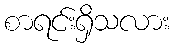
စာရင်းရှိသလား